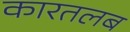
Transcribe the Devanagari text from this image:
कारतलब